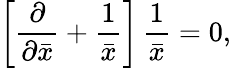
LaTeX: \left[{\frac{\partial}{\partial\bar{x}}}+{\frac{1}{\bar{x}}}\right]\, {\frac{1}{\bar{x}}}=0,